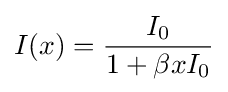
I(x)={\frac {I_{0}}{1+\beta xI_{0}}}